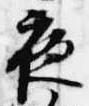
夜